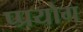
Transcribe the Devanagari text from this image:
प्प्रयोग